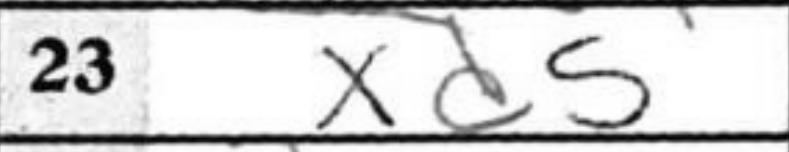
Transcription: xd5